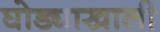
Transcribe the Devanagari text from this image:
घोड्याखाली